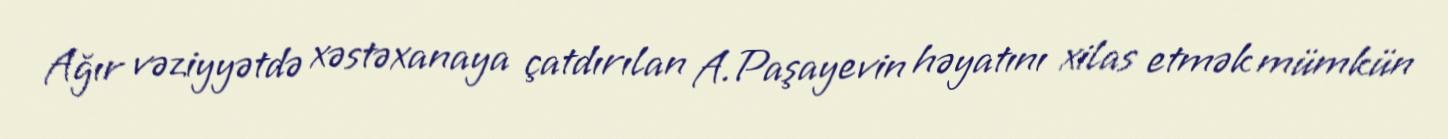
Ağır vəziyyətdə xəstəxanaya çatdırılan A.Paşayevin həyatını xilas etmək mümkün